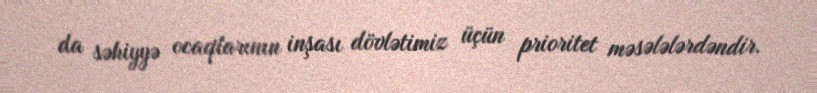
da səhiyyə ocaqlarının inşası dövlətimiz üçün prioritet məsələlərdəndir.